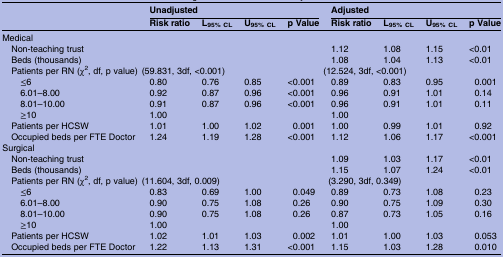
<table><thead><tr><td></td><td colspan="4"><b>Unadjusted</b></td><td colspan="4"><b>Adjusted</b></td></tr><tr><td></td><td><b>Risk ratio</b></td><td><b>L<sub>95% CL</sub></b></td><td><b>U<sub>95% CL</sub></b></td><td><b>p Value</b></td><td><b>Risk ratio</b></td><td><b>L<sub>95% CL</sub></b></td><td><b>U<sub>95% CL</sub></b></td><td><b>p Value</b></td></tr></thead><tbody><tr><td colspan="9">Medical</td></tr><tr><td> Non-teaching trust</td><td></td><td></td><td></td><td></td><td>1.12</td><td>1.08</td><td>1.15</td><td>&lt;0.01</td></tr><tr><td> Beds (thousands)</td><td></td><td></td><td></td><td></td><td>1.08</td><td>1.04</td><td>1.13</td><td>&lt;0.01</td></tr><tr><td> Patients per RN (χ<sup>2</sup>, df, p value)</td><td colspan="4">(59.831, 3df, &lt;0.001)</td><td colspan="4">(12.524, 3df, &lt;0.001)</td></tr><tr><td>≤6</td><td>0.80</td><td>0.76</td><td>0.85</td><td>&lt;0.001</td><td>0.89</td><td>0.83</td><td>0.95</td><td>0.001</td></tr><tr><td>6.01–8.00</td><td>0.92</td><td>0.87</td><td>0.96</td><td>&lt;0.001</td><td>0.96</td><td>0.91</td><td>1.01</td><td>0.14</td></tr><tr><td>8.01–10.00</td><td>0.91</td><td>0.87</td><td>0.96</td><td>&lt;0.001</td><td>0.96</td><td>0.91</td><td>1.01</td><td>0.11</td></tr><tr><td>≥10</td><td>1.00</td><td></td><td></td><td></td><td>1.00</td><td></td><td></td><td></td></tr><tr><td> Patients per HCSW</td><td>1.01</td><td>1.00</td><td>1.02</td><td>0.001</td><td>1.00</td><td>0.99</td><td>1.01</td><td>0.92</td></tr><tr><td> Occupied beds per FTE Doctor</td><td>1.24</td><td>1.19</td><td>1.28</td><td>&lt;0.001</td><td>1.12</td><td>1.06</td><td>1.17</td><td>&lt;0.001</td></tr><tr><td colspan="9">Surgical</td></tr><tr><td> Non-teaching trust</td><td></td><td></td><td></td><td></td><td>1.09</td><td>1.03</td><td>1.17</td><td>&lt;0.01</td></tr><tr><td> Beds (thousands)</td><td></td><td></td><td></td><td></td><td>1.15</td><td>1.07</td><td>1.24</td><td>&lt;0.01</td></tr><tr><td> Patients per RN (χ<sup>2</sup>, df, p value)</td><td colspan="4">(11.604, 3df, 0.009)</td><td colspan="4">(3.290, 3df, 0.349)</td></tr><tr><td>≤6</td><td>0.83</td><td>0.69</td><td>1.00</td><td>0.049</td><td>0.89</td><td>0.73</td><td>1.08</td><td>0.23</td></tr><tr><td>6.01–8.00</td><td>0.90</td><td>0.75</td><td>1.08</td><td>0.26</td><td>0.90</td><td>0.75</td><td>1.09</td><td>0.30</td></tr><tr><td>8.01–10.00</td><td>0.90</td><td>0.75</td><td>1.08</td><td>0.26</td><td>0.87</td><td>0.73</td><td>1.05</td><td>0.16</td></tr><tr><td>≥10</td><td>1.00</td><td></td><td></td><td></td><td>1.00</td><td></td><td></td><td></td></tr><tr><td> Patients per HCSW</td><td>1.02</td><td>1.01</td><td>1.03</td><td>0.002</td><td>1.01</td><td>1.00</td><td>1.03</td><td>0.053</td></tr><tr><td> Occupied beds per FTE Doctor</td><td>1.22</td><td>1.13</td><td>1.31</td><td>&lt;0.001</td><td>1.15</td><td>1.03</td><td>1.28</td><td>0.010</td></tr></tbody></table>